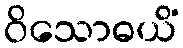
ဝိသောဓယိံ